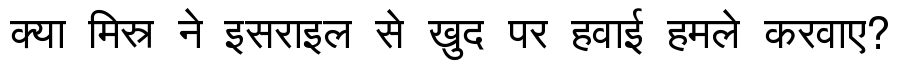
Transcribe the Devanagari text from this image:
क्या मिस्र ने इसराइल से खुद पर हवाई हमले करवाए?